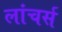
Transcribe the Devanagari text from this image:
लांचर्स